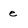
Character: e